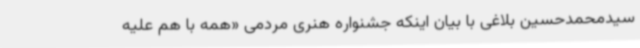
سیدمحمدحسین بلاغی با بیان اینکه جشنواره هنری مردمی «همه با هم علیه